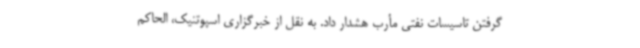
گرفتن تاسیسات نفتی مأرب هشدار داد. به نقل از خبرگزاری اسپوتنیک، الحاکم